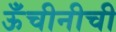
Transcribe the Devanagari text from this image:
ऊँचीनीची